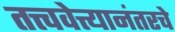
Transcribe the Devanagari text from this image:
तत्त्ववेत्त्यानंतरचे